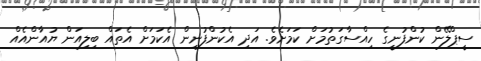
ސީޕްލޭން ކުންފުނީގެ ހިއްސާގަތުމަށް ކަމަށެވެ. އަދި އެކުންފުނިން އެކަމަށް އެތައް ބިލިއަން ޔުއާންއެއް